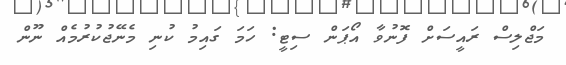
މަޖްލިސް ރައީސަށް ފޮނުވާ އޯޕަން ސިޓީ: ހަމަ ގައިމު ކުނި މެނޭޖުކުރުމެއް ނޫން